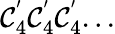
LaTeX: \mathcal{C}_{4}^{'}\mathcal{C}_{4}^{'}\mathcal{C}_{4}^{'}...